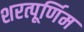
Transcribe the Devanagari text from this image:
शरत्पूर्णिम